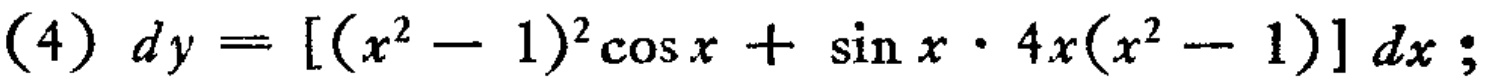
\((4)\; dy = [(x^{2}-1)^{2}\cos x+\sin x\cdot 4x(x^{2}-1)]\; dx;\)